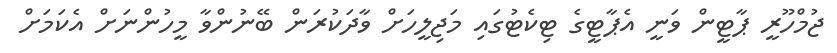
ޖުމްހޫރީ ޕާޓީން ވަނީ އެޕާޓީގެ ޓިކެޓުގައި މަޖިލީހަށް ވާދަކުރަން ބޭނުންވާ މީހުންނަށް އެކަމަށް